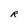
Character: R